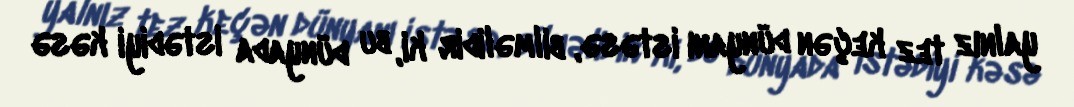
yalnız tez keçən dünyanı istəsə, bilməlidir ki, bu dünyada istədiyi kəsə